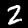
Digit: 2